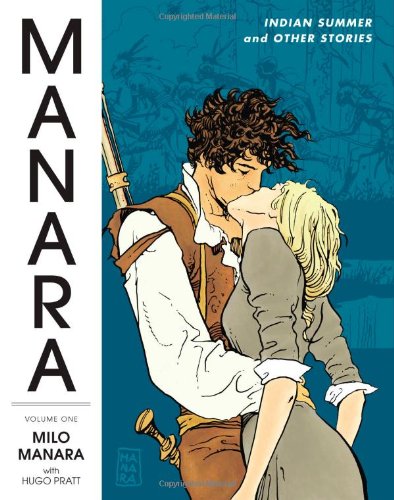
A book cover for The Manara Library Volume 1: Indian Summer and Other Stories; Milo Manara; Comics & Graphic Novels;